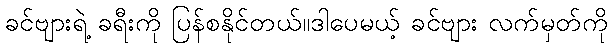
ခင်ဗျားရဲ့ ခရီးကို ပြန်စနိုင်တယ်။ဒါပေမယ့် ခင်ဗျား လက်မှတ်ကို